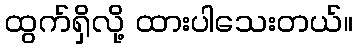
ထွက်ရှိလို့ ထားပါသေးတယ်။